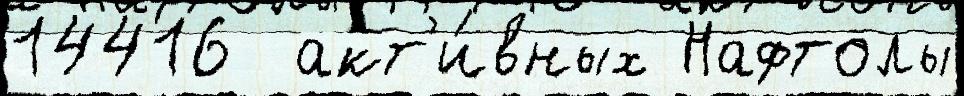
14416  акт'и́вных Нафтолы